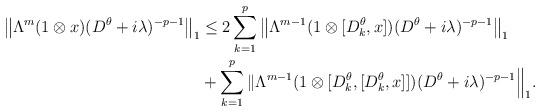
LaTeX: \begin{align*} \left\|\Lambda^m(1\otimes x)(D^\theta+i\lambda)^{-p-1}\right\|_1 &\leq 2\sum_{k=1}^p\left\|\Lambda^{m-1}(1\otimes [D_k^\theta,x])(D^\theta+i\lambda)^{-p-1}\right\|_1\\ &+\sum_{k=1}^p\|\Lambda^{m-1}(1\otimes [D_k^\theta,[D_k^\theta,x]])(D^\theta+i\lambda)^{-p-1}\Big\|_1. \end{align*}